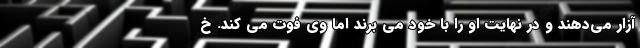
آزار می‌دهند و در نهایت او را با خود می برند اما وی فوت می کند. خ